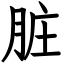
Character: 脏